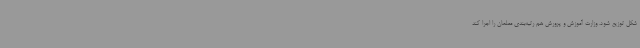
شکل توزیع شود. وزارت آموزش و پرورش هم رتبه‌بندی معلمان را اجرا کند